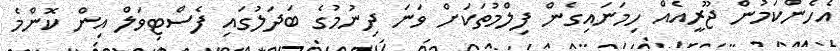
އެހެންކަމުން ޖޫރީއެއް ހިމަނައިގެން ފިލްމުތަކަށް ވަނަ ދިނުމުގެ ބަދަލުގައި ފެސްޓިވަލް އިން ކޮންމެ